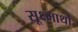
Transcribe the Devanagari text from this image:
सूक्ष्मार्थों